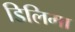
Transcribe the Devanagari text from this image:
डिलिमा